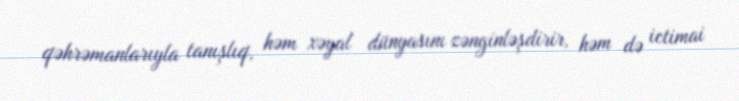
qəhrəmanlarıyla tanışlıq, həm xəyal dünyasını zənginləşdirir, həm də ictimai